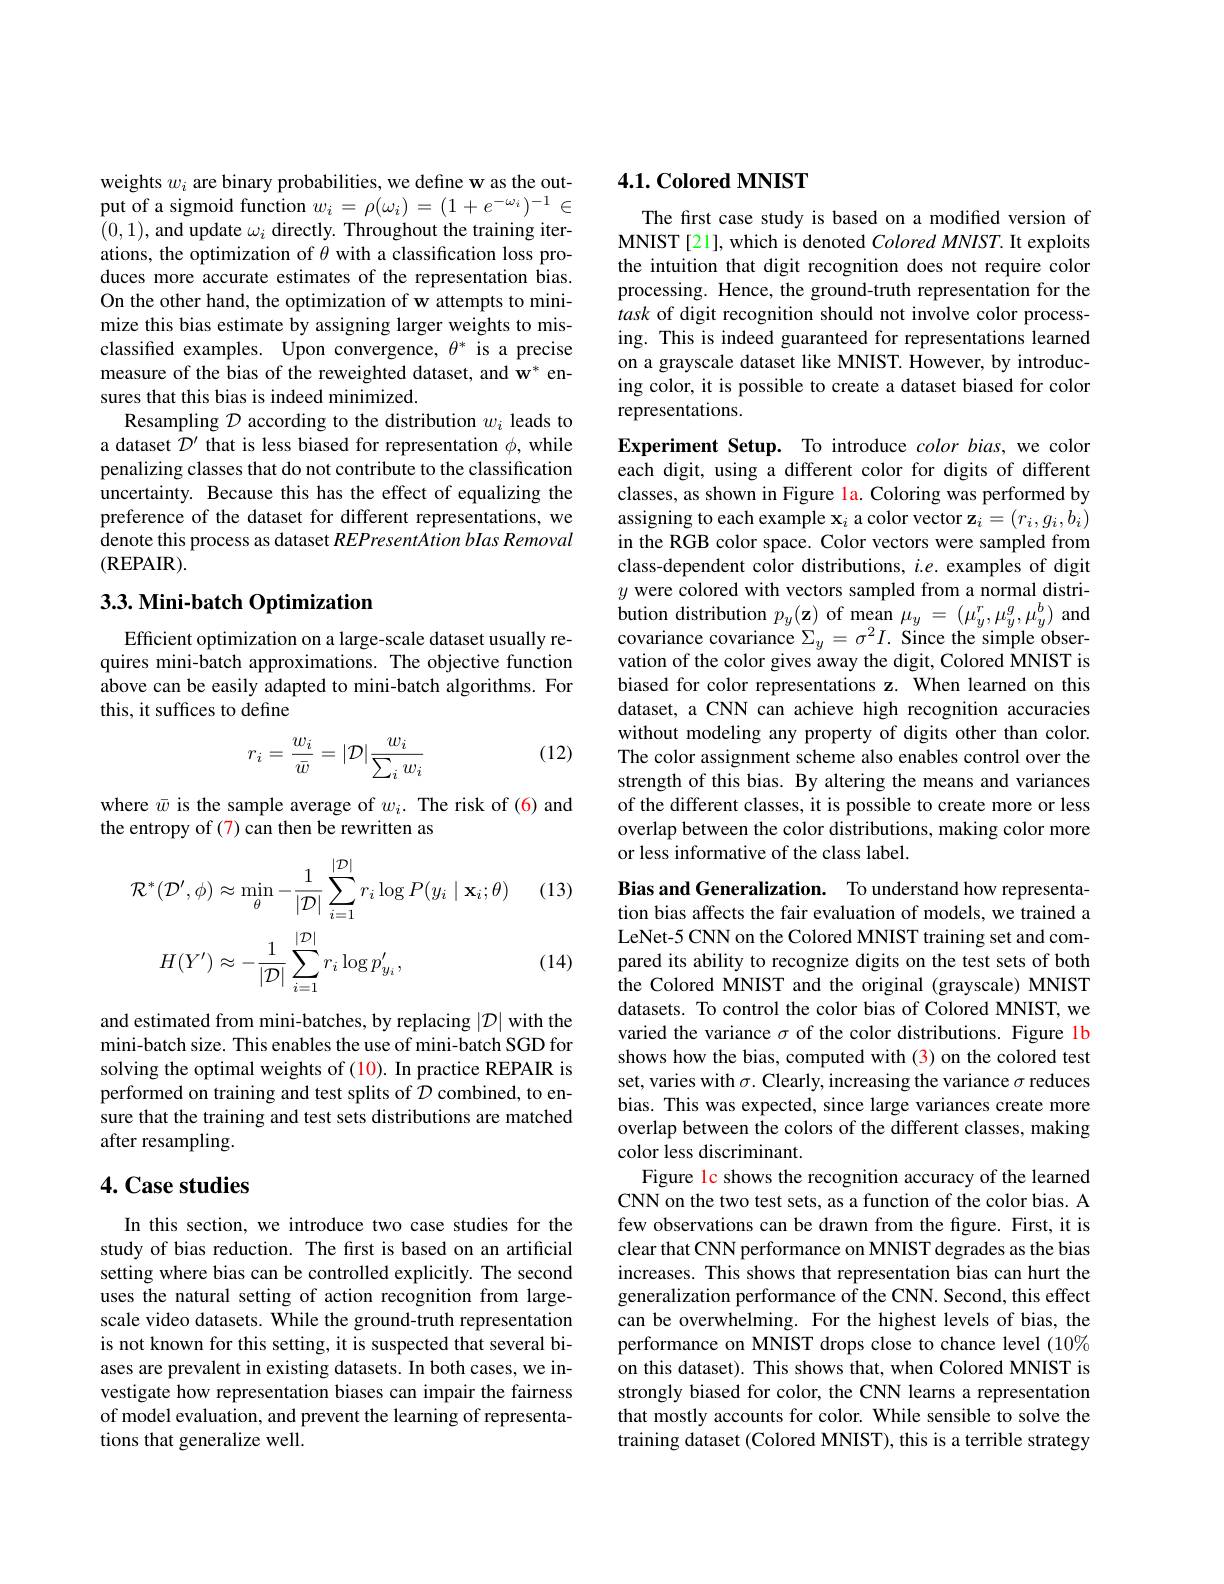
weights $w_i$ are binary probabilities, we define w as the output of a sigmoid function $w_i=\rho(\omega_i)=(1+e^{-\omega_i})^{-1}\in$ (0,1), and update $\omega_i$ directly. Throughout the training iterations, the optimization of $\dot{\theta}$ with a classification loss produces more accurate estimates of the representation bias. On the other hand, the optimization of w attempts to minimize this bias estimate by assigning larger weights to misclassified examples. Upon convergence, $\theta^*$ is a precise measure of the bias of the reweighted dataset, and w* ensures that this bias is indeed minimized.
Resampling $\mathcal{D}$ according to the distribution $w_i$ leads to a dataset $\mathcal{D}^{\prime}$ that is less biased for representation $\phi$, while penalizing classes that do not contribute to the classification uncertainty. Because this has the effect of equalizing the preference of the dataset for different representations, we denote this process as dataset REPresentAtion bIas Removal (REPAIR).

## 3.3. Mini-batch Optimization

Efficient optimization on a large-scale dataset usually requires mini-batch approximations. The objective function above can be easily adapted to mini-batch algorithms. For this, it suffices to define

(12)
$$r_i=\frac{w_i}{\bar{w}}=|\mathcal{D}|\frac{w_i}{\sum_iw_i}$$
where $\bar{w}$ is the sample average of $w_i.$ The risk of (6) and
the entropy of (7) can then be rewritten as

(13)
$$\begin{aligned}\mathcal{R}^{*}(\mathcal{D}^{\prime},\phi)&\approx\operatorname*{min}_{\theta}-\frac{1}{|\mathcal{D}|}\sum_{i=1}^{|\mathcal{D}|}r_{i}\log P(y_{i}\mid\mathbf{x}_{i};\theta)\\H(Y^{\prime})&\approx-\frac{1}{|\mathcal{D}|}\sum_{i=1}^{|\mathcal{D}|}r_{i}\log p_{y_{i}}^{\prime},\end{aligned}$$
(14)

and estimated from mini-batches, by replacing $|\mathcal{D}|$ with the mini-batch size. This enables the use of mini-batch SGD for solving the optimal weights of (10). In practice REPAIR is performed on training and test splits of $\mathcal{D}$ combined, to ensure that the training and test sets distributions are matched after resampling.

## 4. Case studies

In this section, we introduce two case studies for the study of bias reduction. The first is based on an artificial setting where bias can be controlled explicitly. The second uses the natural setting of action recognition from largescale video datasets. While the ground-truth representation is not known for this setting, it is suspected that several biases are prevalent in existing datasets. In both cases, we investigate how representation biases can impair the fairness of model evaluation, and prevent the learning of representations that generalize well.

### 4.1. Colored MNIST

The fırst case study is based on a modified version of MNIST[21], which is denoted Colored MNIST. It exploits the intuition that digit recognition does not require color processing. Hence, the ground-truth representation for the task of digit recognition should not involve color processing. This is indeed guaranteed for representations learned on a grayscale dataset like MNIST. However, by introducing color, it is possible to create a dataset biased for color representations.

Experiment Setup. To introduce $colorbias$, we color each digit, using a different color for digits of different classes, as shown in Figure la. Coloring was performed by assigning to each example $\mathbf{x}_i$ a color vector z$_i=(r_i,g_i,b_i)$ in the RGB color space. Color vectors were sampled from class-dependent color distributions, $i.e.$ examples of digit $y$ were colored with vectors sampled from a normal distri- $\begin{array}{c}{\text{bution distribution }p_{y}(\mathbf{z})\mathrm{~of~mean~}\mu_{y}=(\mu_{y}^{r},\mu_{y}^{g},\mu_{y}^{b})\mathrm{~and}}\\{\text{bution distribution }p_{y}(\mathbf{z})\mathrm{~of~mean~}\mu_{y}=(\mu_{y}^{r},\mu_{y}^{g},\mu_{y}^{b})\mathrm{~and}}\end{array}$ covariance covariance $\Sigma _{y}= \sigma ^{2}I.$ Since the simple obser- vation of the color gives away the digit, Colored MNIST is biased for color representations z. When learned on this dataset, a CNN can achieve high recognition accuracies without modeling any property of digits other than color. The color assignment scheme also enables control over the strength of this bias. By altering the means and variances of the different classes, it is possible to create more or less overlap between the color distributions, making color more or less informative of the class label.

Bias and Generalization. To understand how representation bias affects the fair evaluation of models, we trained a LeNet-5 CNN on the Colored MNIST training set and compared its ability to recognize digits on the test sets of both the Colored MNIST and the original (grayscale) MNIST datasets. To control the color bias of Colored MNIST, we varied the variance $\sigma$ of the color distributions. Figure 1b shows how the bias, computed with (3) on the colored test set, varies with $\sigma.$ Clearly, increasing the variance $\sigma$ reduces bias. This was expected, since large variances create more overlap between the colors of the different classes, making color less discriminant.
Figure lc shows the recognition accuracy of the learned CNN on the two test sets, as a function of the color bias. A few observations can be drawn from the figure. First, it is clear that CNN performance on MNIST degrades as the bias increases. This shows that representation bias can hurt the generalization performance of the CNN. Second, this effect can be overwhelming. For the highest levels of bias, the performance on MNIST drops close to chance level (10% on this dataset). This shows that, when Colored MNIST is strongly biased for color, the CNN learns a representation that mostly accounts for color. While sensible to solve the training dataset (Colored MNIST), this is a terrible strategy